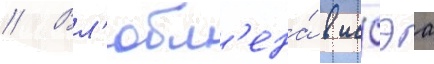
// Вл'юбл'ена́ в иссэа